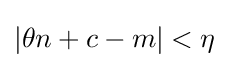
|\theta n+c-m|<\eta